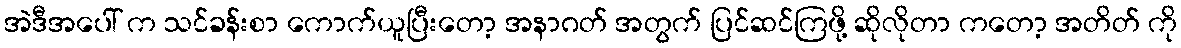
အဲဒီအပေါ် က သင်ခန်းစာ ကောက်ယူပြီးတော့ အနာဂတ် အတွက် ပြင်ဆင်ကြဖို့ ဆိုလိုတာ ကတော့ အတိတ် ကို